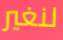
لنغير